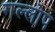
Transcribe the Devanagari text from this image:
गल्लोप